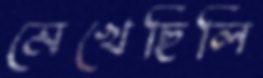
মেখেছিলি